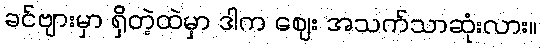
ခင်ဗျားမှာ ရှိတဲ့ထဲမှာ ဒါက ဈေး အသက်သာဆုံးလား။